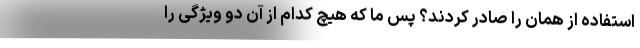
استفاده از همان را صادر کردند؟ پس ما که هیچ کدام از آن دو ویژگی را